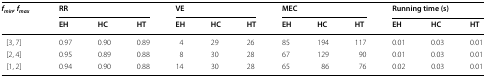
| <ROWSPAN=2> fmin, fmax | <COLSPAN=3> RR | <COLSPAN=3> VE | <COLSPAN=3> MEC | <COLSPAN=3> Running time (s) |
 | EH | HC | HT | EH | HC | HT | EH | HC | HT | EH | HC | HT |
 | --- | --- | --- | --- | --- | --- | --- | --- | --- | --- | --- | --- | --- |
 | [3, 7] | 0.97 | 0.90 | 0.89 | 4 | 29 | 26 | 85 | 194 | 117 | 0.01 | 0.03 | 0.01 |
 | [2, 4] | 0.95 | 0.89 | 0.88 | 8 | 30 | 28 | 67 | 129 | 90 | 0.01 | 0.03 | 0.01 |
 | [1, 2] | 0.94 | 0.90 | 0.88 | 14 | 30 | 28 | 65 | 86 | 76 | 0.02 | 0.03 | 0.01 |